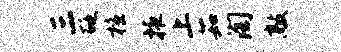
三砭檀掖上茹淘敲